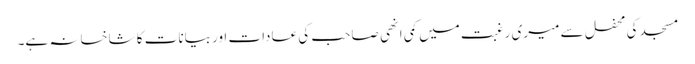
مسجد کی محفل سے میری رغبت میں کمی انھی صاحب کی عادات اور بیانات کا شاخسانہ ہے۔